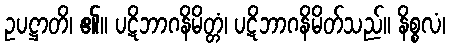
ဥပဋ္ဌာတိ၊ ၏။ ပဋိဘာဂနိမိတ္တံ၊ ပဋိဘာဂနိမိတ်သည်။ နိစ္စလံ၊